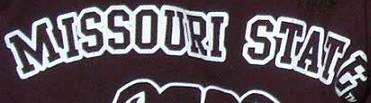
MISSOURI STATE